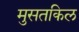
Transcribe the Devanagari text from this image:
मुसतकिल